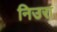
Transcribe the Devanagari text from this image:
निउरा